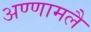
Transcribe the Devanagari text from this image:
अण्णामलै